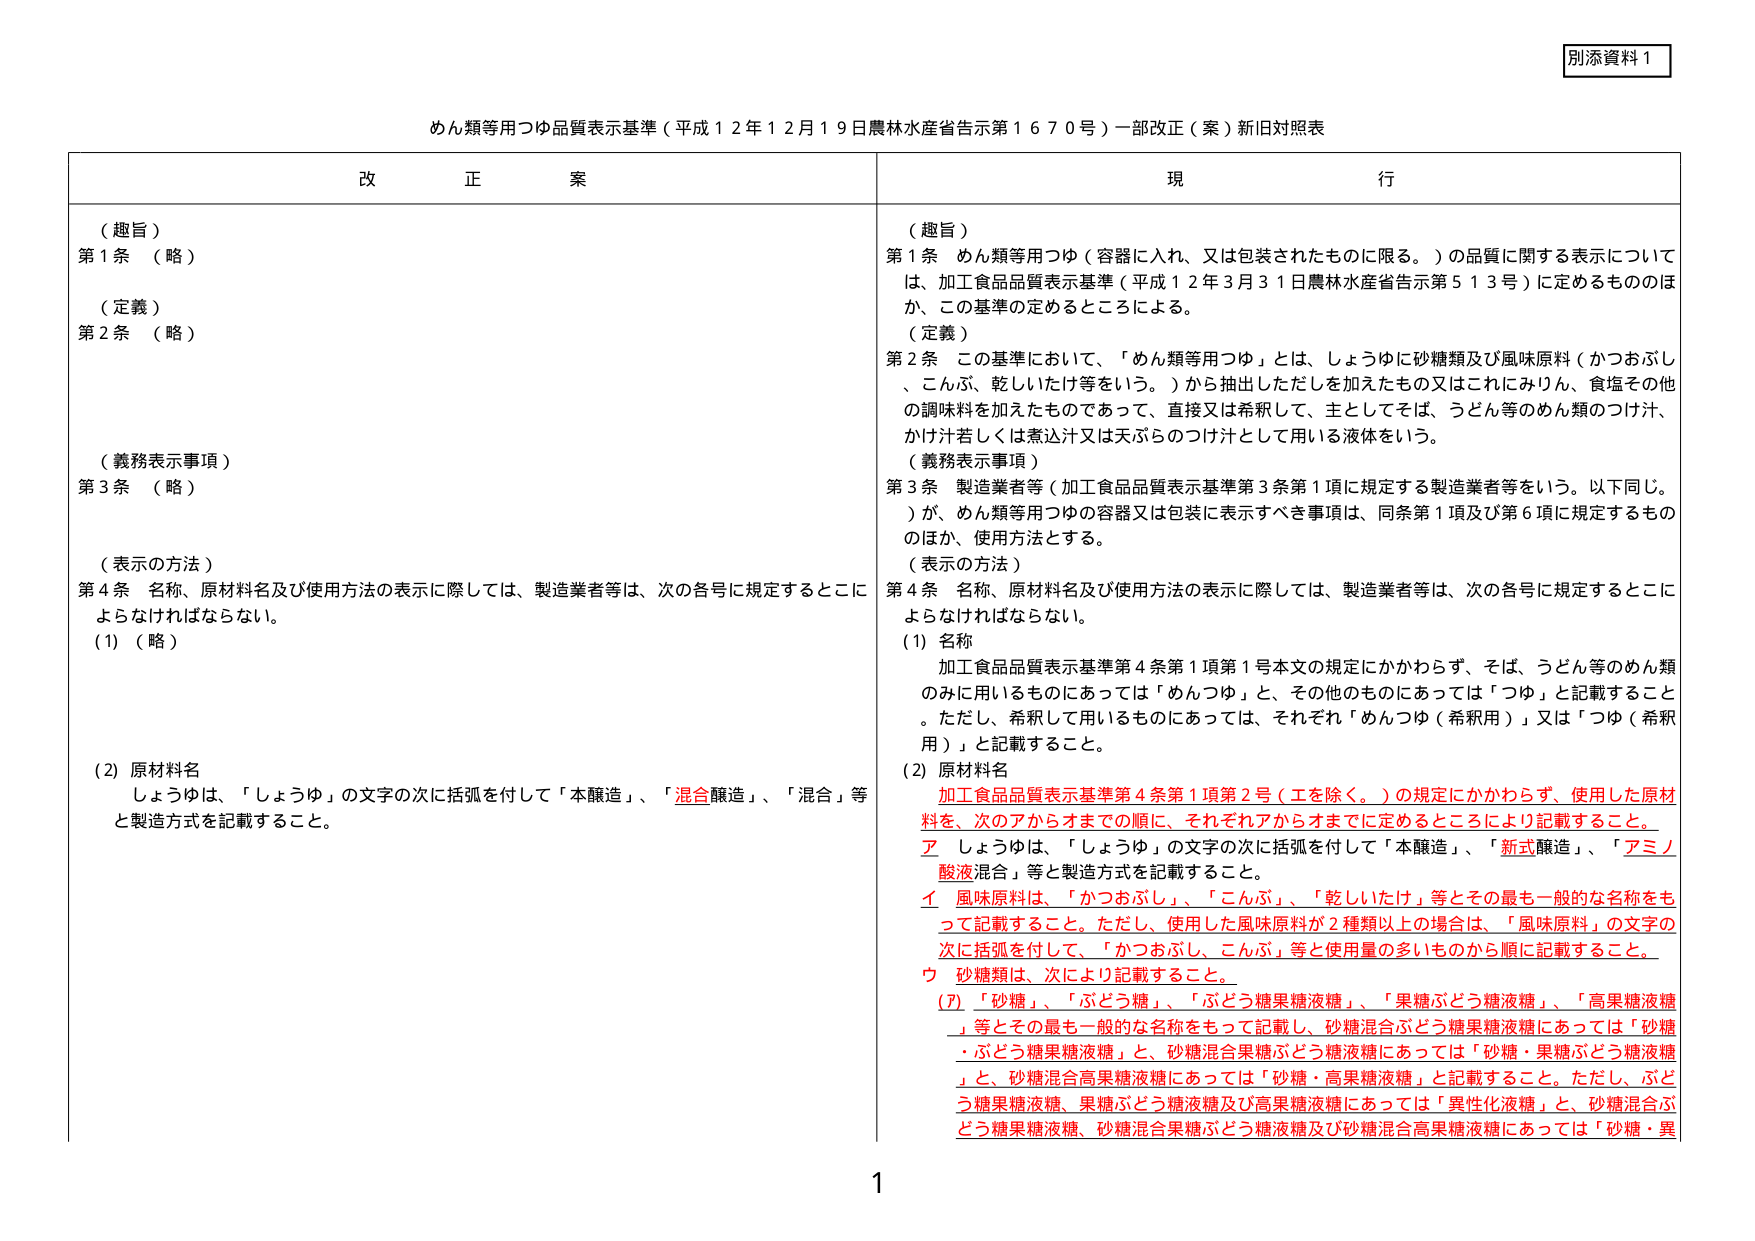
別添資料１

めん類等用つゆ品質表示基準（平成１２年１２月１９日農林水産省告示第１６７０号）一部改正（案）新旧対照表

改 正 案

（趣旨）
第１条 （略）

（定義）
第２条 （略）

（義務表示事項）
第３条 （略）

（表示の方法）
第４条 名称、原材料名及び使用方法の表示に際しては、製造業者等は、次の各号に規定するところによらなければならない。
(1) （略）

(2) 原材料名
しょうゆは、「しょうゆ」の文字の次に括弧を付して「本醸造」、「混合醸造」、「混合」等と製造方式を記載すること。

現 行

（趣旨）
第１条 めん類等用つゆ（容器に入れ、又は包装されたものに限る。）の品質に関する表示については、加工食品品質表示基準（平成１２年３月３１日農林水産省告示第５１３号）に定めるもののほか、この基準の定めるところによる。

（定義）
第２条 この基準において、「めん類等用つゆ」とは、しょうゆに砂糖類及び風味原料（かつおぶし、こんぶ、乾しいたけ等をいう。）から抽出しただしを加えたもの又はこれにみりん、食塩その他 の調味料を加えたものであって、直接又は希釈して、主としてそば、うどん等のめん類のつけ汁、かけ汁若しくは煮込汁又は天ぷらのつけ汁として用いる液体をいう。

（義務表示事項）
第３条 製造業者等（加工食品品質表示基準第３条第１項に規定する製造業者等をいう。以下同じ。）が、めん類等用つゆの容器又は包装に表示すべき事項は、同条第１項及び第６項に規定するもののほか、使用方法とする。

（表示の方法）
第４条 名称、原材料名及び使用方法の表示に際しては、製造業者等は、次の各号に規定するところによらなければならない。
(1) 名称
加工食品品質表示基準第４条第１項第１号本文の規定にかかわらず、そば、うどん等のめん類のみに用いるものにあっては「めんつゆ」と、その他のものにあっては「つゆ」と記載すること。ただし、希釈して用いるものにあっては、それぞれ「めんつゆ（希釈用）」又は「つゆ（希釈用）」と記載すること。

(2) 原材料名
加工食品品質表示基準第４条第１項第２号（工を除く。）の規定にかかわらず、使用した原材料を、次のアからオまでの順に、それぞれアからオまでに定めるところにより記載すること。
ア しょうゆは、「しょうゆ」の文字の次に括弧を付して「本醸造」、「新式醸造」、「アミノ酸液混合」等と製造方式を記載すること。
イ 風味原料は、「かつおぶし」、「こんぶ」、「乾しいたけ」等とその最も一般的な名称をもって記載すること。ただし、使用した風味原料が２種類以上の場合、風味原料」の文字の次に括弧を付して、「かつおぶし、こんぶ」等と使用量の多いものから順に記載すること。
ウ 砂糖類は、次により記載すること。
(ア) 「砂糖」、「ぶどう糖」、「ぶどう糖果糖液糖」、「果糖ぶどう糖液糖」、「高果糖液糖」等とその最も一般的な名称をもって記載し、砂糖混合ぶどう糖果糖液糖にあっては「砂糖・ぶどう糖果糖液糖」と、砂糖混合果糖ぶどう糖液糖にあっては「砂糖・果糖ぶどう糖液糖」と、砂糖混合高果糖液糖にあっては「砂糖・高果糖液糖」と記載すること。ただし、ぶどう糖果糖液糖、果糖ぶどう糖液糖及び高果糖液糖にあっては「異性化液糖」と、砂糖混合ぶどう糖果糖液糖、砂糖混合果糖ぶどう糖液糖及び砂糖混合高果糖液糖にあっては「砂糖・異

1